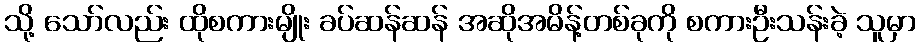
သို့ သော်လည်း ထိုစကားမျိုး ခပ်ဆန်ဆန် အဆိုအမိန့်တစ်ခုကို စကားဦးသန်းခဲ့ သူမှာ